Burma Government Medical School reports 1923-41
Year: 1923
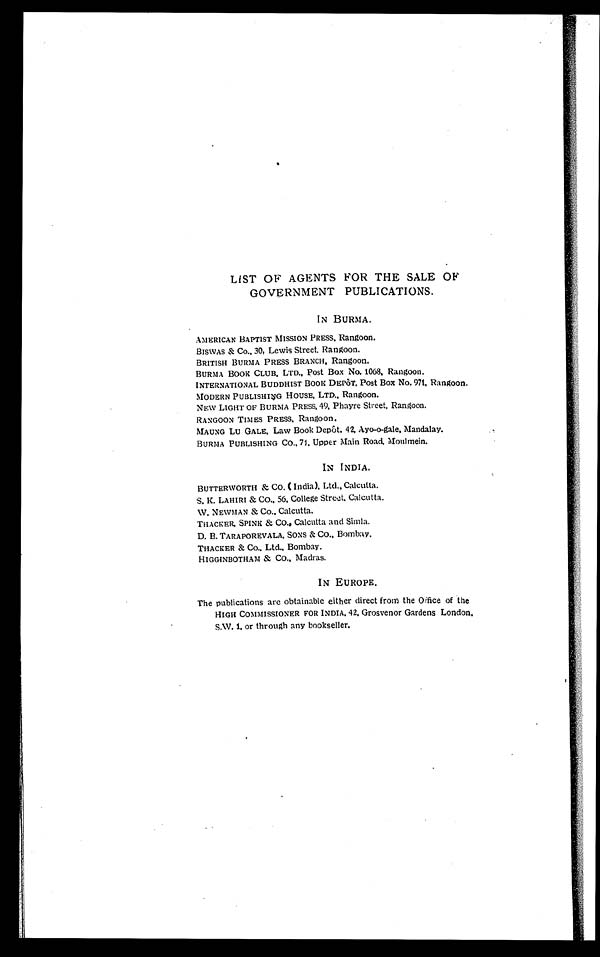
LIST OF AGENTS FOR THE SALE OF
GOVERNMENT PUBLICATIONS.
IN BURMA.
AMERICAN BAPTIST MISSION PRESS, Rangoon.
BISWAS & Co., 30, Lewis Street, Rangoon.
BRITISH BURMA PRESS BRANCH, Rangoon.
BURMA BOOK CLUB, LTD., Post Box No. 1068, Rangoon.
INTERNATIONAL BUDDHIST BOOK DEPôT, Post Box No. 971, Rangoon.
MODERN PUBLISHING HOUSE, LTD., Rangoon.
NEW LIGHT OF BURMA PRESS, 49, Phayre Street, Rangoon.
RANGOON TIMES PRESS, Rangoon.
MAUNG LU GALE, Law Book Depôt. 42, Ayo-o-gale, Mandalay.
BURMA PUBLISHING CO., 71, Upper Main Road, Moulmein.
IN INDIA.
BUTTERWORTH & CO. (India), Ltd., Calcutta.
S. K. LAHIRI & CO., 56, College Street, Calcutta.
W. NEWMAN & Co., Calcutta.
THACKER, SPINK & CO., Calcutta and Simla.
D. B. TARAPOREVALA, SONS & Co., Bombay
.
THACKER & Co., Ltd., Bombay.
HIGGINBOTHAM & CO., Madras.
IN EUROPE.
The publications are obtainable either direct from the Office of the
HIGH COMMISSIONER FOR INDIA. 42, Grosvenor Gardens London,
S.W. 1, or through any bookseller.